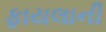
ફાયલાની